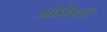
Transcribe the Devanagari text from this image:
मोडीतली